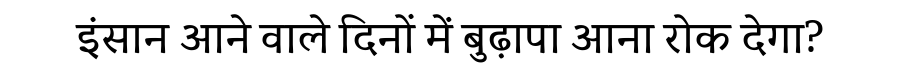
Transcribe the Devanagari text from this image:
इंसान आने वाले दिनों में बुढ़ापा आना रोक देगा?